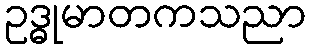
ဥဒ္ဓုမာတကသညာ